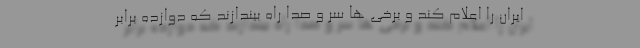
ایران را اعلام کند و برخی ها سر و صدا راه بیندازند که دوازده برابر